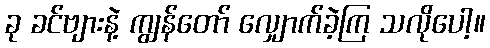
ခု ခင်ဗျားနဲ့ ကျွန်တော် လျှောက်ခဲ့ကြ သလိုပေါ့။